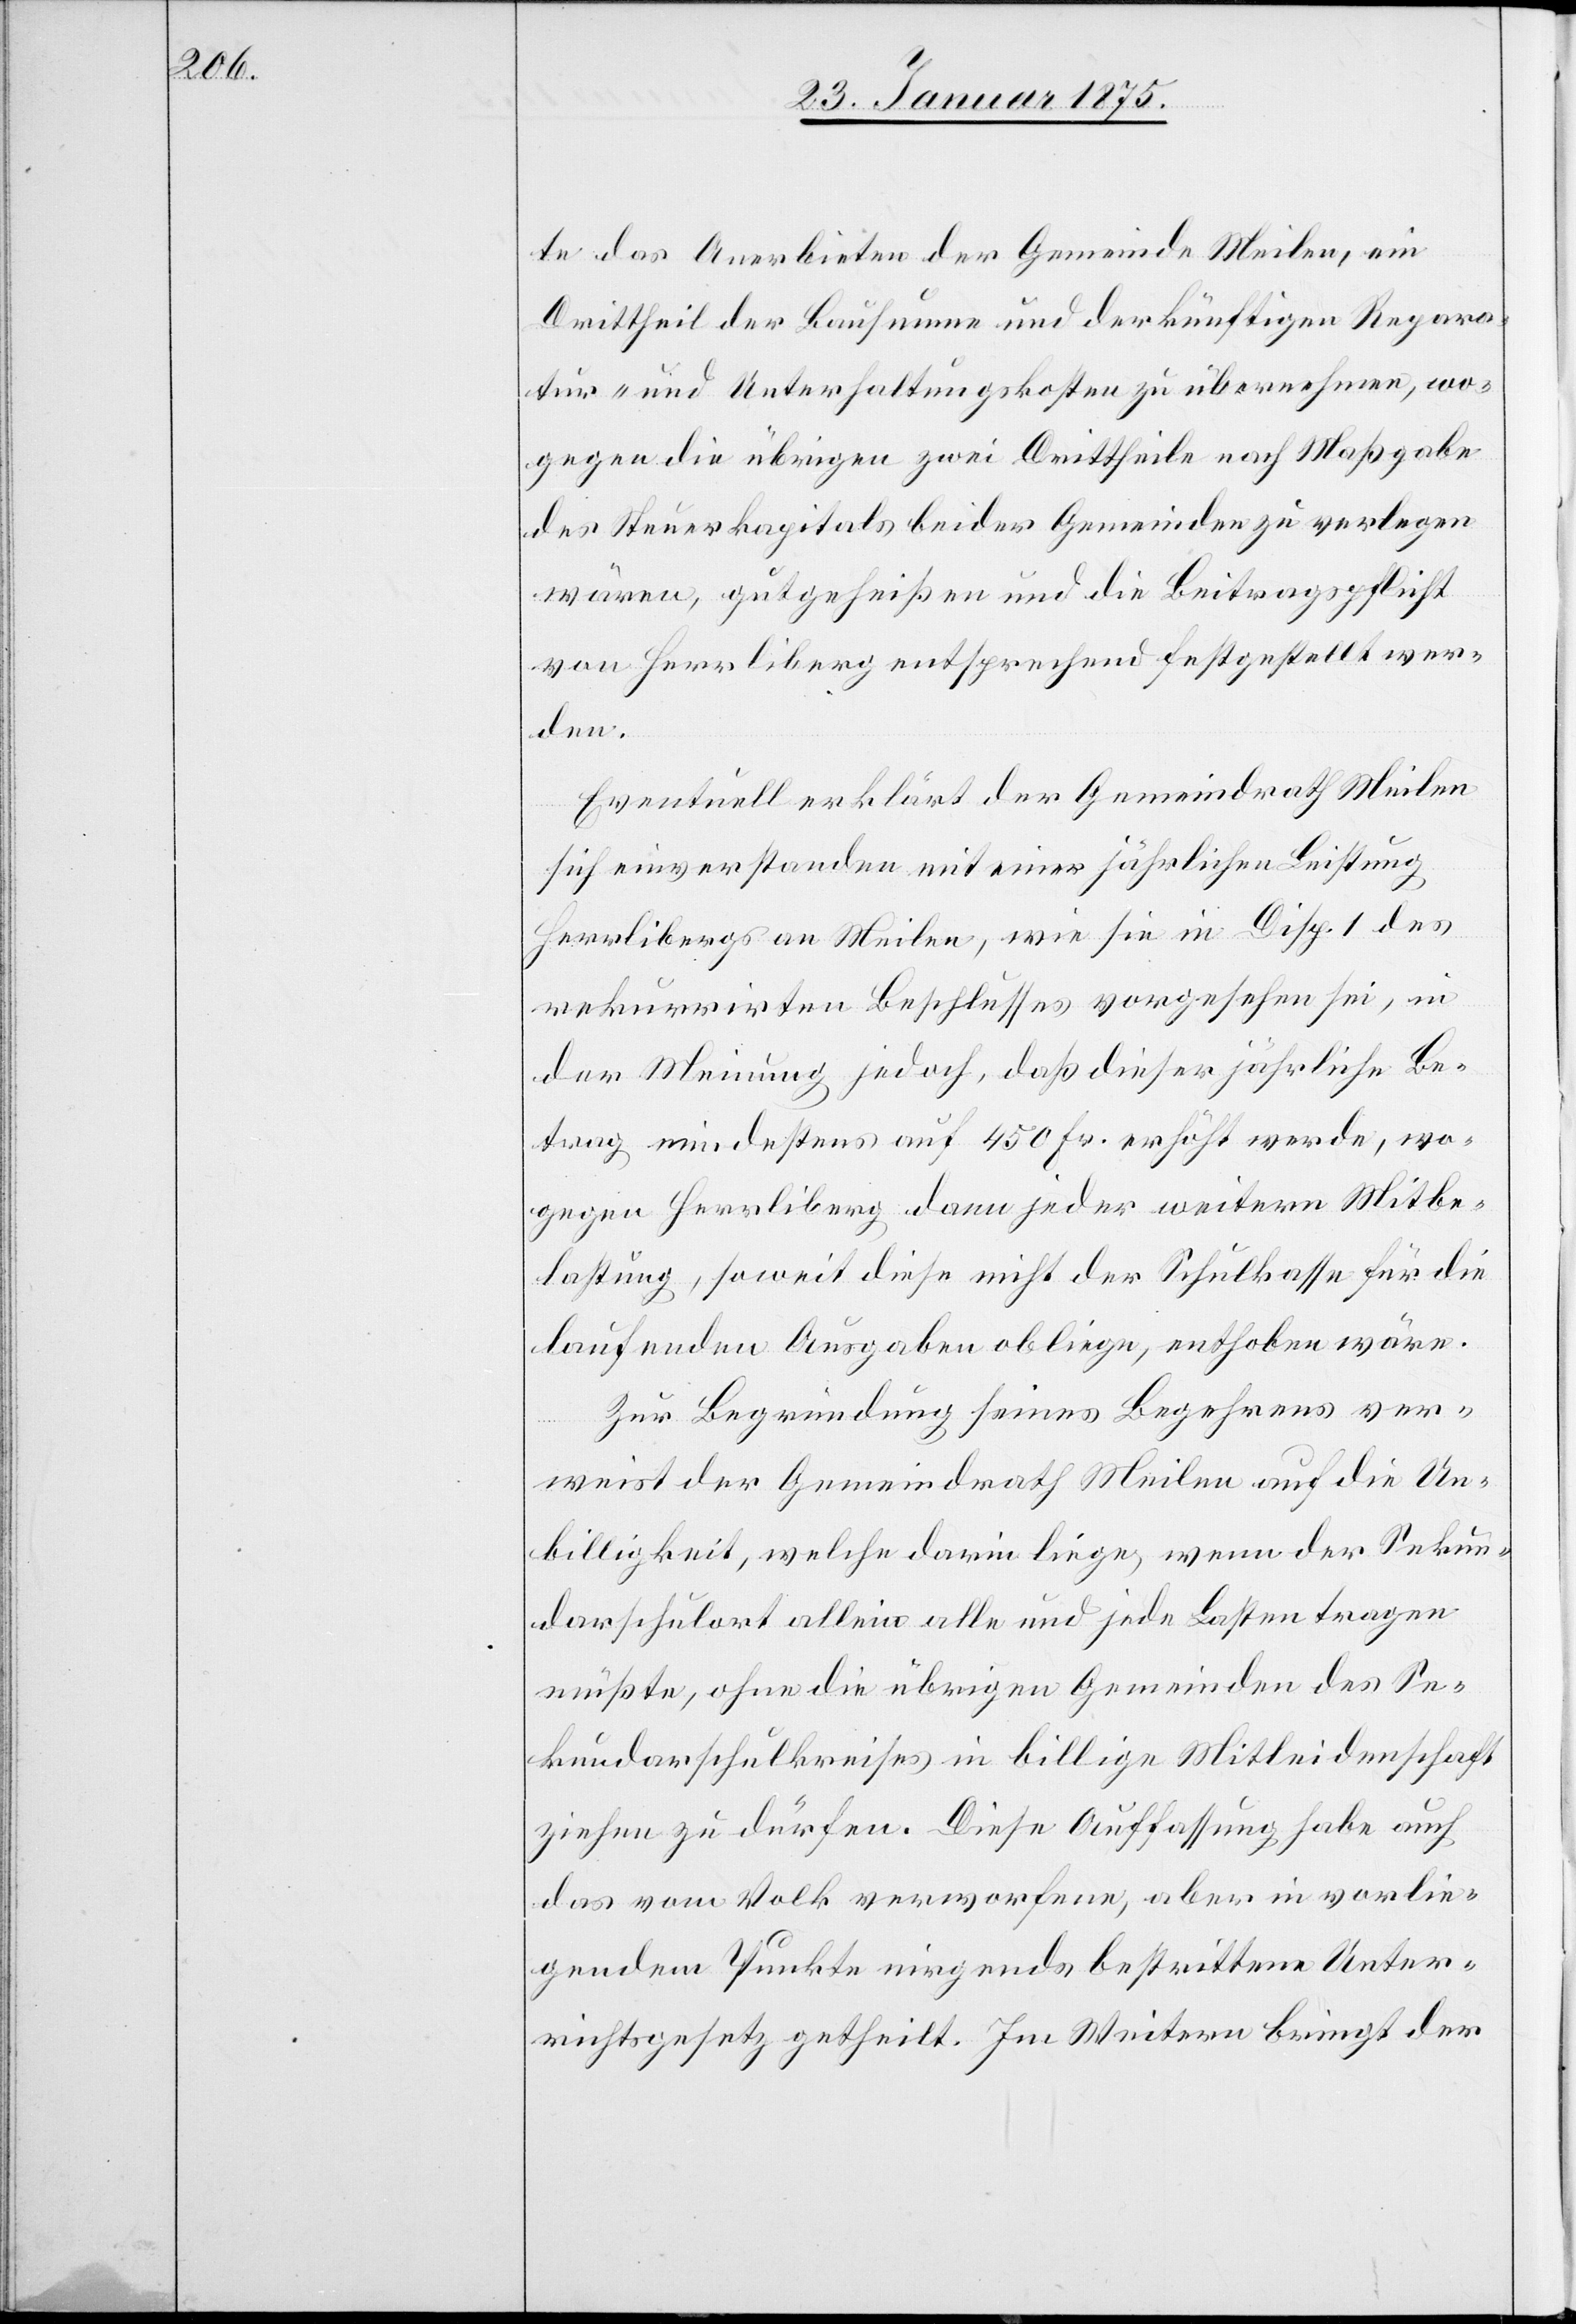
te das Anerbieten der Gemeinde Meilen, ein
Drittheil der Bausumme und der künftigen Repara¬
tur- und Unterhaltungskosten zu übernehmen, wo¬
gegen die übrigen zwei Drittheile nach Maßgabe
des Steuerkapitals beider Gemeinden zu verlegen
wären, gutgeheißen und die Beitragspflicht
von Herrliberg entsprechend festgestellt wer¬
den.
Eventuell erklärt der Gemeindrath Meilen
sich einverstanden mit einer jährlichen Leistung
Herrlibergs an Meilen, wie sie in Disp. 1 des
rekurrirten Beschlusses vorgesehen sei, in
der Meinung jedoch, daß dieser jährliche Be¬
itrag mindestens auf 450 Fr. erhöht werde, wo¬
gegen Herrliberg dann jeder weitern Mitbe¬
lastung, soweit diese nicht der Schulkasse für die
laufenden Ausgaben obliege, enthoben wäre.
Zur Begründung seines Begehrens ver¬
weist der Gemeindrath Meilen auf die Un¬
billigkeit, welche darin liege, wenn der Sekun¬
darschulort allein alle und jede Lasten tragen
müße, ohne die übrigen Gemeinden des Se¬
kundarschulkreises in billige Mitleidenschaft
ziehen zu dürfen. Diese Auffassung habe auch
das vom Volk verworfene, aber in vorlie¬
gendem Punkte nirgends bestrittene Unter¬
richtsgesetz getheilt. Im Weitern bringt der